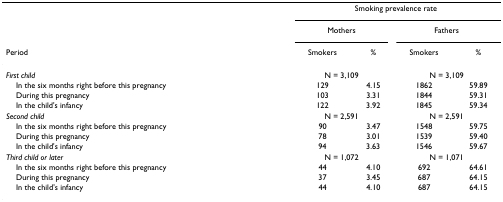
|  | <COLSPAN=4> Smoking prevalence rate |
 |  | <COLSPAN=2> Mothers | <COLSPAN=2> Fathers |
 | Period | Smokers | % | Smokers | % |
 | --- | --- | --- | --- | --- |
 | First child | <COLSPAN=2> N = 3,109 | <COLSPAN=2> N = 3,109 |
 | In the six months right before this pregnancy | 129 | 4.15 | 1862 | 59.89 |
 | During this pregnancy | 103 | 3.31 | 1844 | 59.31 |
 | In the child's infancy | 122 | 3.92 | 1845 | 59.34 |
 | Second child | <COLSPAN=2> N = 2,591 | <COLSPAN=2> N = 2,591 |
 | In the six months right before this pregnancy | 90 | 3.47 | 1548 | 59.75 |
 | During this pregnancy | 78 | 3.01 | 1539 | 59.40 |
 | In the child's infancy | 94 | 3.63 | 1546 | 59.67 |
 | Third child or later | <COLSPAN=2> N = 1,072 | <COLSPAN=2> N = 1,071 |
 | In the six months right before this pregnancy | 44 | 4.10 | 692 | 64.61 |
 | During this pregnancy | 37 | 3.45 | 687 | 64.15 |
 | In the child's infancy | 44 | 4.10 | 687 | 64.15 |